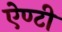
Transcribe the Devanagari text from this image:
ऐण्टी